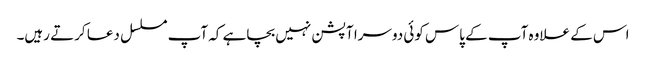
اس کے علاوہ آپ کے پاس کوئی دوسرا آپشن نہیں بچاہے کہ آپ مسلسل دعا کرتے رہیں۔